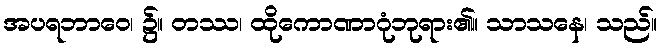
အပရဘာဝေ၊ ၌။ တဿ၊ ထိုကောဏာဂုံဘုရား၏။ သာသနေ၊ သည်။